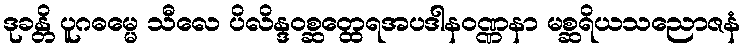
ဒုခန္တိ ပူဂဓမ္မေ သီလေ ပိလိန္ဒဝစ္ဆတ္ထေရအပဒါနဝဏ္ဏနာ မစ္ဆရိယသညောဇနံ